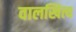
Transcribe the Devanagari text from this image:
वालखित्य